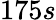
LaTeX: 175s